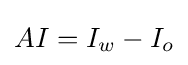
AI=I_{w}-I_{o}